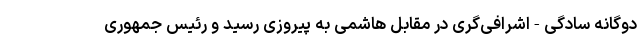
دوگانه سادگی-اشرافی‌گری در مقابل هاشمی به پیروزی رسید و رئیس جمهوری